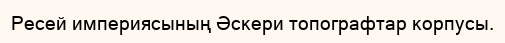
Ресей империясының Әскери топографтар корпусы.